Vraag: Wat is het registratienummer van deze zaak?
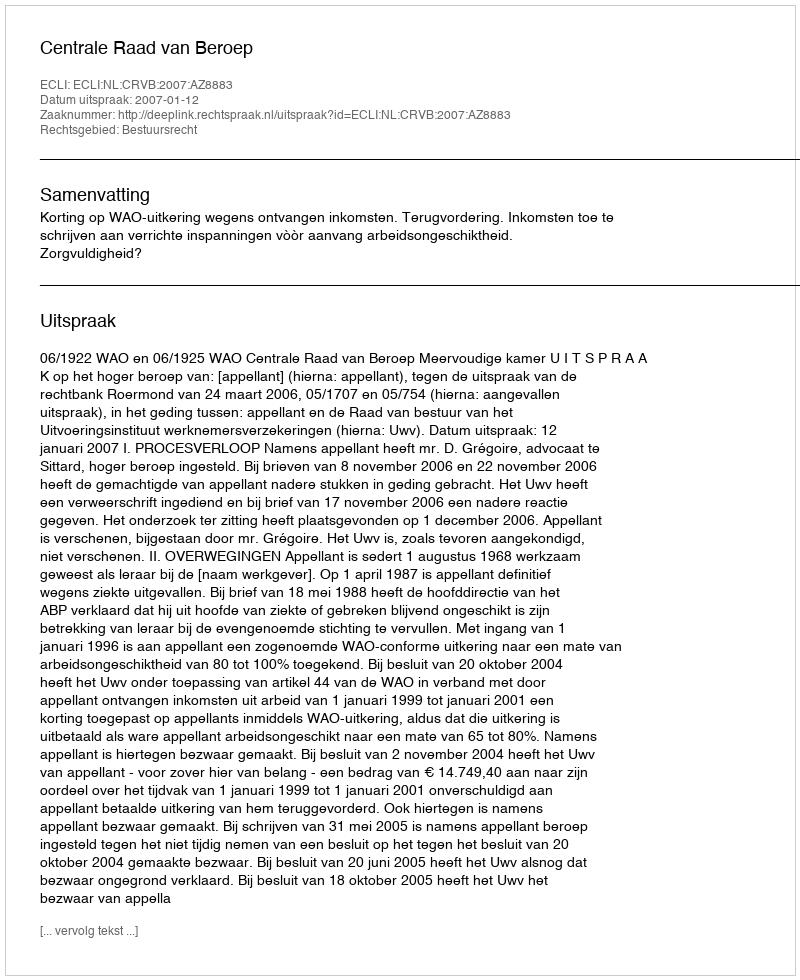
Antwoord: http://deeplink.rechtspraak.nl/uitspraak?id=ECLI:NL:CRVB:2007:AZ8883